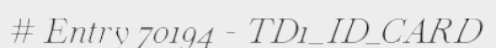
# Entry 70194 - TD1_ID_CARD